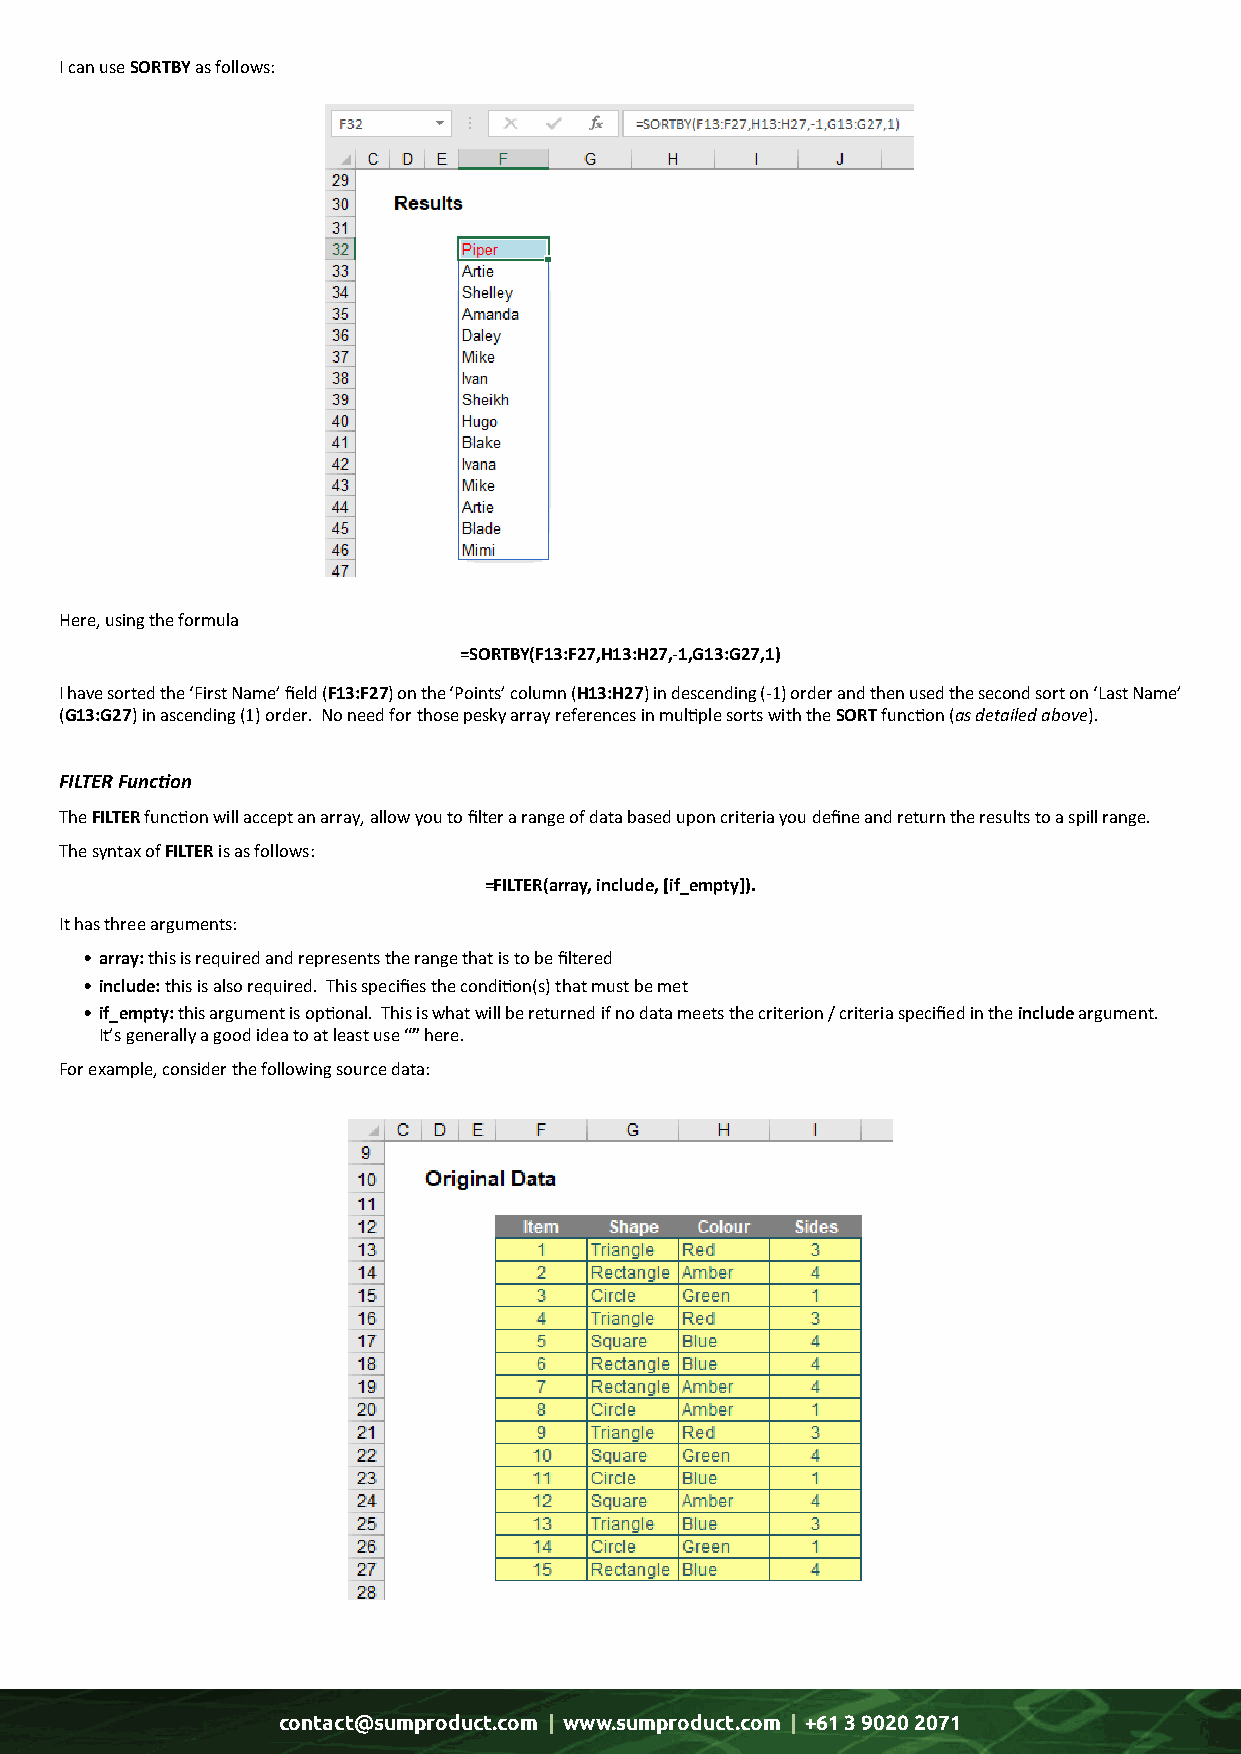
I can use SORTBY as follows:
 Here, using the formula
 =SORTBY(F13:F27,H13:H27,-1,G13:G27,1)
 I have sorted the ‘First Name’ field (F13:F27) on the ‘Points’ column (H13:H27) in descending (-1) order and then used the second sort on ‘Last Name’
 (G13:G27) in ascending (1) order. No need for those pesky array references in multiple sorts with the SORT function (as detailed above).
 FILTER Function
 The FILTER function will accept an array, allow you to filter a range of data based upon criteria you define and return the results to a spill range.
 The syntax of FILTER is as follows:
 =FILTER(array, include, [if_empty]).
 It has three arguments:
 • array: this is required and represents the range that is to be filtered
 • include: this is also required. This specifies the condition(s) that must be met
 • if_empty: this argument is optional. This is what will be returned if no data meets the criterion / criteria specified in the include argument.
 It’s generally a good idea to at least use “” here.
 For example, consider the following source data:
 contact@sumproduct.com | www.sumproduct.com | +61 3 9020 2071